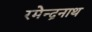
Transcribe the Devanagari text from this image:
रमेन्द्रनाथ